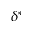
\delta ^ { * }